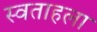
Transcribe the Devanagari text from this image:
स्वताहला